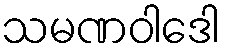
သမဏဝါဒေါ